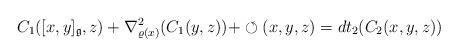
LaTeX: \begin{align*} C_1([x,y]_\mathfrak{g},z) + \nabla_{\varrho(x)}^2(C_1(y,z)) + \circlearrowleft(x,y,z)= dt_2(C_2(x,y,z)) \end{align*}